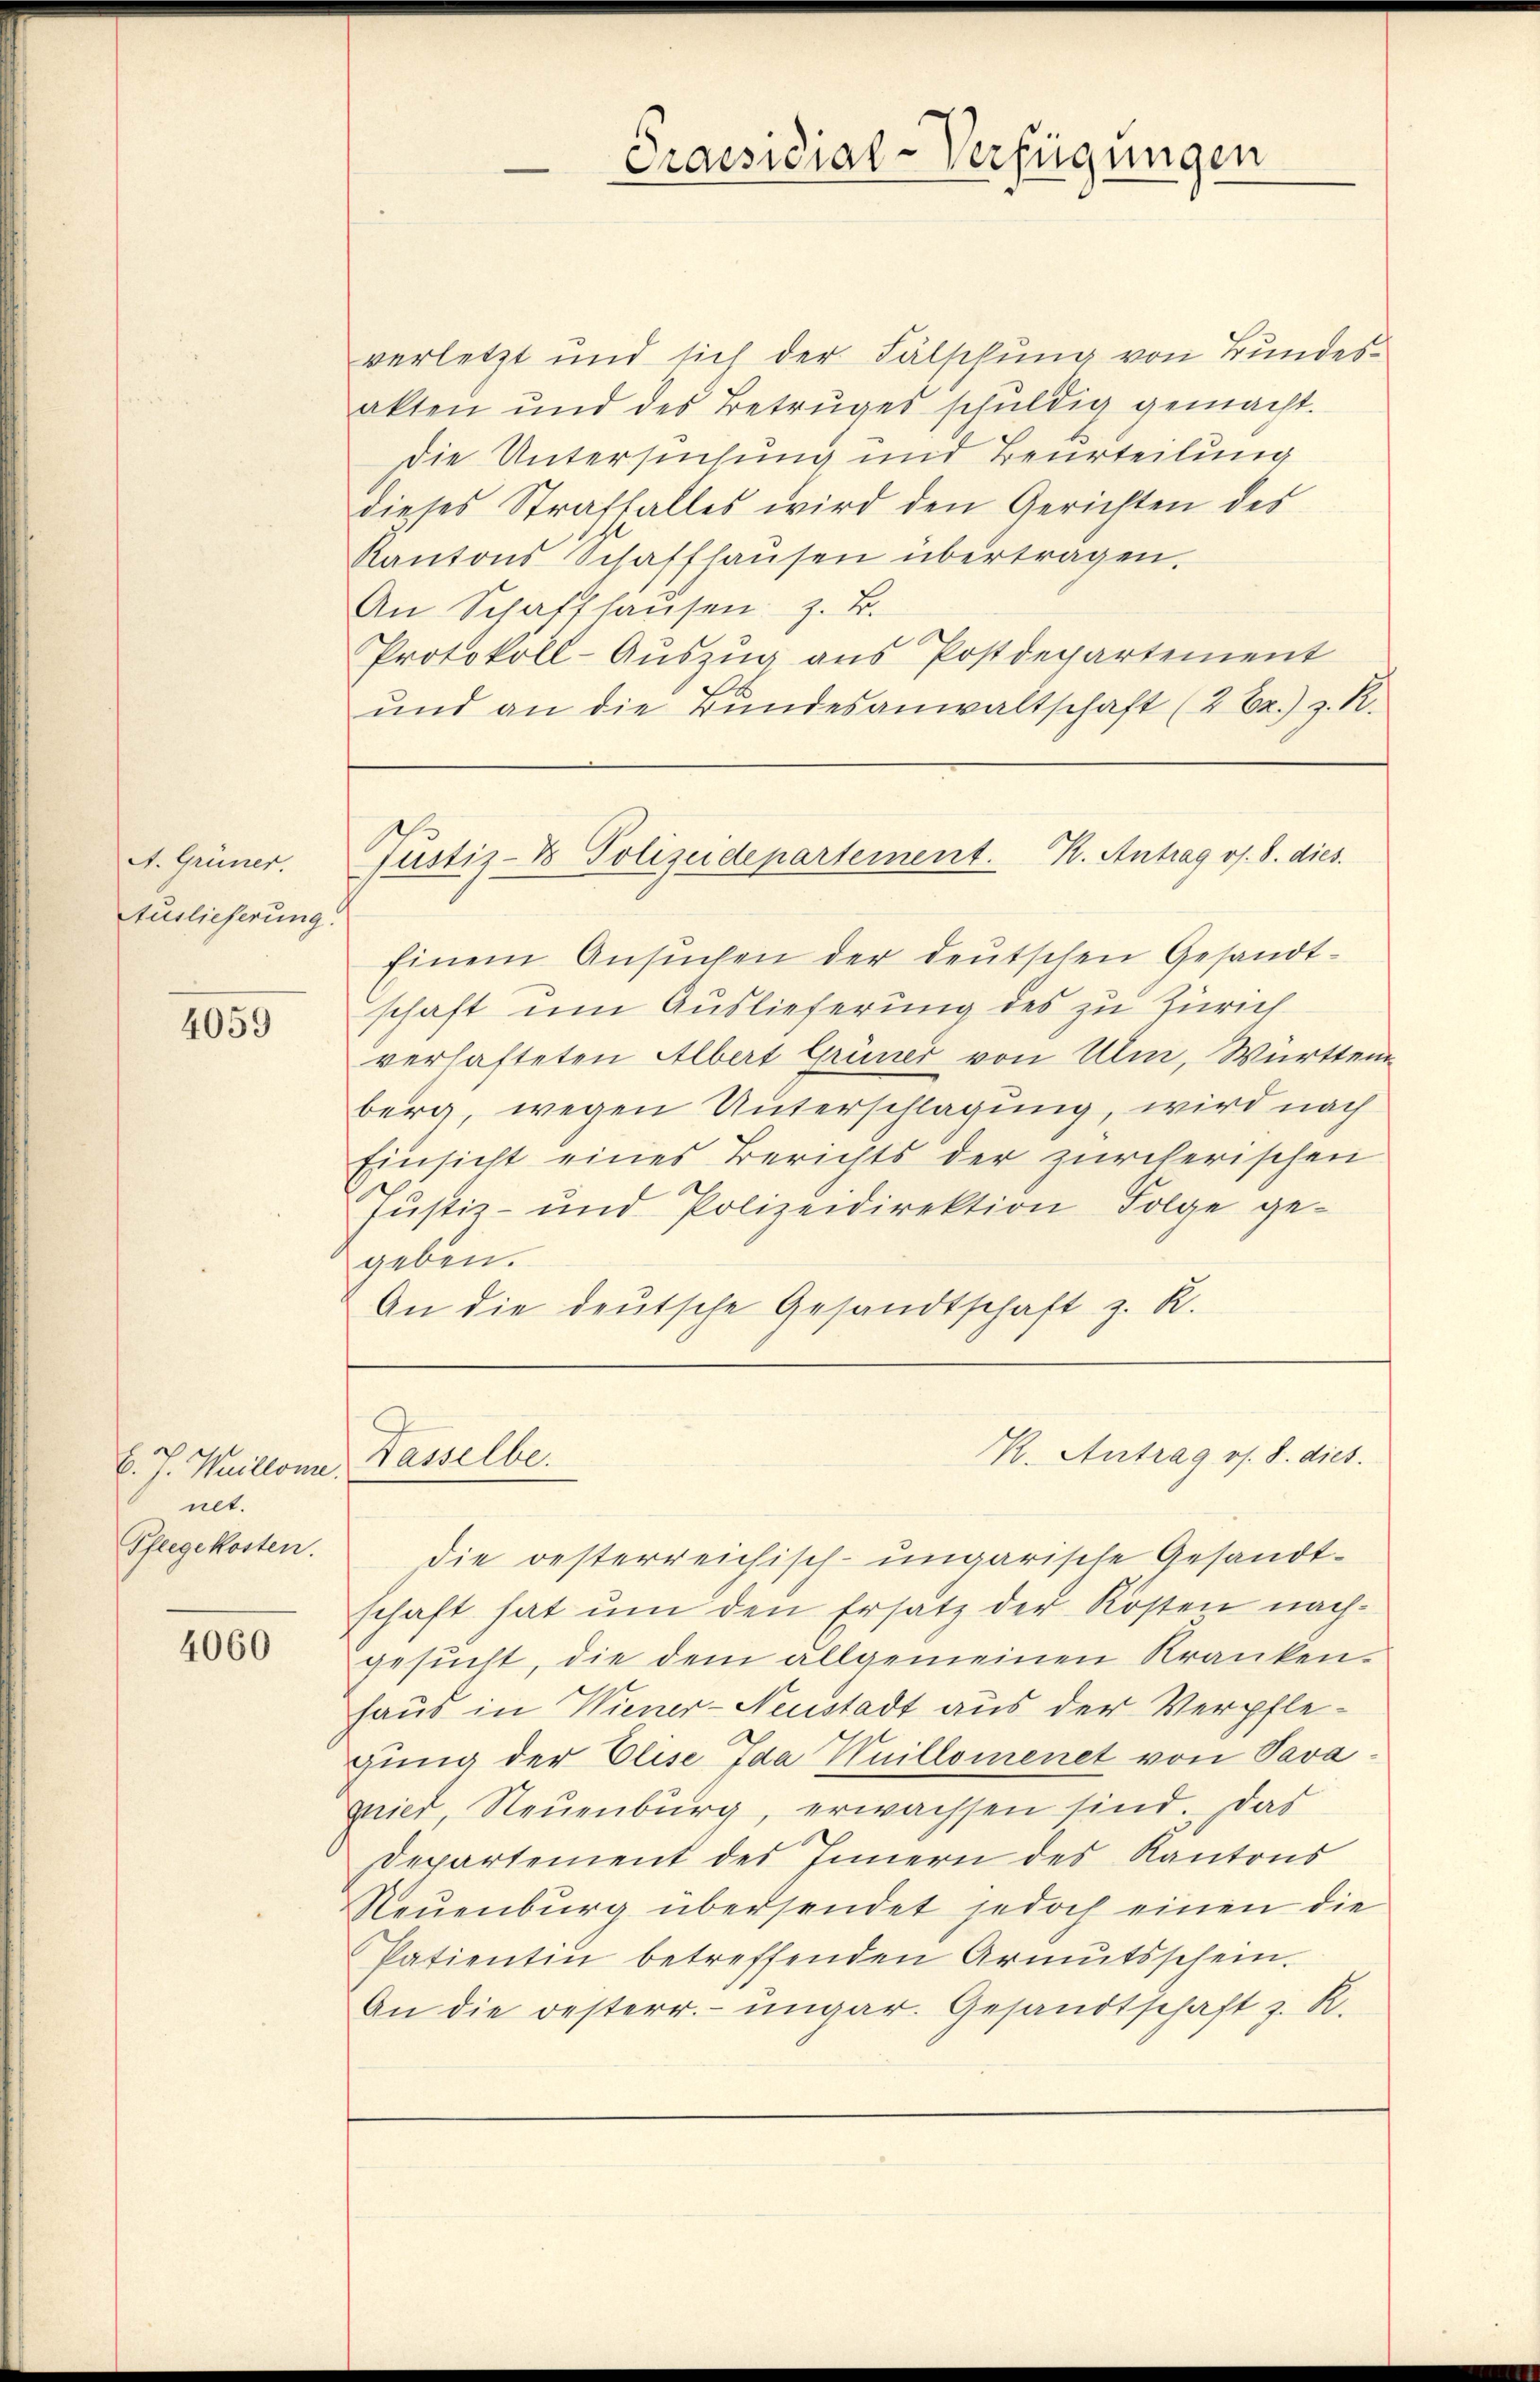
A. Grüner.
Auslieferung.

4059

E. J. Weillone.
net.
Pfeegekosten.

4060

verletzt und sich der Fälschung von Bundesakten und des Betruges schuldig gemacht.
die Untersuchung und Beurteilung
dieses Straffalles wird den Gerichten des
Kantons Schaffhaŭsen übertragen.
An Schaffhaŭsen z. B.
Protokoll-Auszug aus Postdepartement
und an die Bundesanwaltschaft (2 Er.) z. R.

Einem Ansuchen der deutschen Gesandtschaft um Auslieferung des zu Zürich
verhafteten Albert Grüner von Ulm, Württem
berg, wegen Unterschlagung, wird nach
Einsicht eines Berichts der zürcherischen
Justiz- und Polizeidirektion Folge gegeben.
An die deutsche Gesandtschaft z. R.

Praesidial-Verfügungen

Tustiz- & Polizeidepartement. K. Antrag os. 8. dies

Tasselbe.

K. Antrag os. 8. dies

die oesterreichisch-ungarische Gesandtschaft hat ŭm den Ersatz der Kosten nach-
gesucht, die dem allgemeinen Kranken.
haus in Wiener-Neustadt aus der Verpflegung der Elise Ida Wuillomenet von Savamied Neuenburg, erwachsen sind. Das
Departement des Innern des Kantons
Reuenburg übersendet jedoch einen die
Patientin betreffenden Armutsschein.
An die oesterr. ungar. Gesandtschaft z. R.